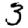
Digit: 3